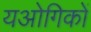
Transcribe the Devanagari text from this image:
यओगिकों